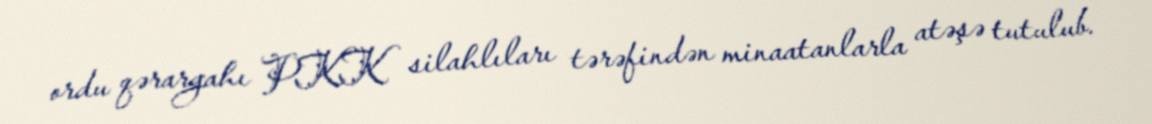
ordu qərargahı PKK silahlıları tərəfindən minaatanlarla atəşə tutulub.